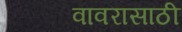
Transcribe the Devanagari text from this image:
वावरासाठी